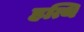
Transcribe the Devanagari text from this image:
हत्थि